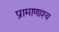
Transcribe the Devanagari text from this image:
प्रामाणाश्य